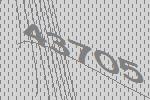
43705